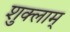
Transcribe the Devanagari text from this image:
शुक्लाम्